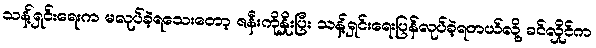
သန့်ရှင်းရေးက မလုပ်ခဲ့ရသေးတော့ ဇနီးကိုနှိုးပြီး သန့်ရှင်းရေးပြန်လုပ်ခဲ့ရတယ်လို့ ခင်လှိုင်က